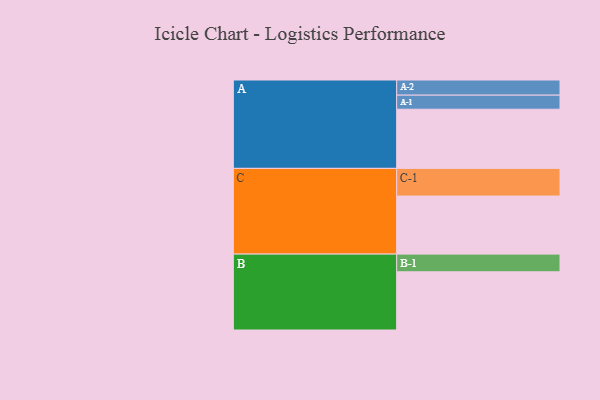
{"axis": {"x": "Segment", "y": "Value"}, "legend": ["", "A", "B", "C"], "data": [{"x": "A", "y": 492, "type": ""}, {"x": "B", "y": 484, "type": ""}, {"x": "C", "y": 483, "type": ""}, {"x": "A-1", "y": 117, "type": "A"}, {"x": "A-2", "y": 126, "type": "A"}, {"x": "B-1", "y": 147, "type": "B"}, {"x": "C-1", "y": 230, "type": "C"}]}